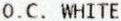
O.C. WHITE